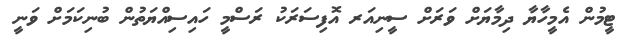
ޓީމުން އެމީހާޔާ ދިމާޔަށް ވަރަށް ސީނިއަރ އޮފިސަރަކު ރަސްމީ ހައިސިއްޔަތުން ބުނިކަމަށް ވަނީ